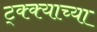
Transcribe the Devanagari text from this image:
ट्क्क्याच्या